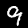
Digit: 9